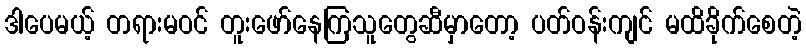
ဒါပေမယ့် တရားမဝင် တူးဖော်နေကြသူတွေဆီမှာတော့ ပတ်ဝန်းကျင် မထိခိုက်စေတဲ့